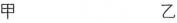
甲乙